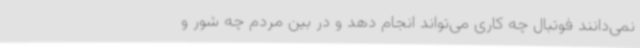
نمی‌دانند فوتبال چه کاری می‌تواند انجام دهد و در بین مردم چه شور و